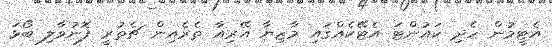
އެޓީމުން ހެދި ކައުންޓަ އެޓޭކެއްގައި މާޒިޔާ އޭރިއާ ތެރެއިން ޗެތުރީ ފޮނުވާލި ބޯޅަ